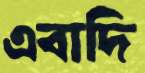
এবাদি